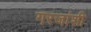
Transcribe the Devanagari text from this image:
गरजांशी